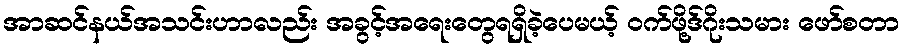
အာဆင်နယ်အသင်းဟာလည်း အခွင့်အရေးတွေရရှိခဲ့ပေမယ့် ဝက်ဖို့ဒ်ဂိုးသမား ဖော်စတာ